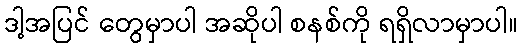
ဒါ့အပြင် တွေမှာပါ အဆိုပါ စနစ်ကို ရရှိလာမှာပါ။